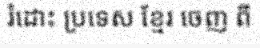
រំដោះ ប្រទេស ខ្មែរ ចេញ ពី